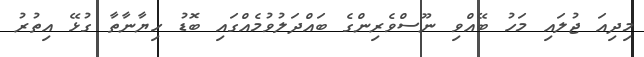
މިދިއަ ޖުލައި މަހު ބޭއްވި ނޫސްވެރިންގެ ބައްދަލުވުމެއްގައި ބޮޑު ހިޔާނާތާ ގުޅޭ އިތުރު